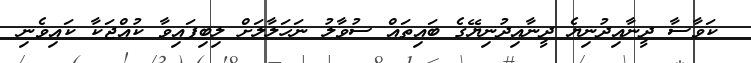
ކަވާސާ ދީނާއިދުނިޔެ ދީނާއިދުނިޔޭގެ ބައިތައް ސުވާލު ނަހަލާލަށް ލިބިފައިވާ ކުއްޖަކާ ކައިވެނި